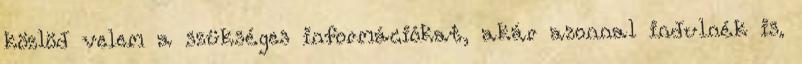
közlöd velem a szükséges információkat, akár azonnal indulnék is.